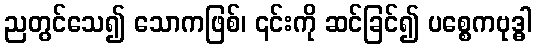
ညတွင်သေ၍ သောကဖြစ်၊ ၎င်းကို ဆင်ခြင်၍ ပစ္စေကဗုဒ္ဓါ